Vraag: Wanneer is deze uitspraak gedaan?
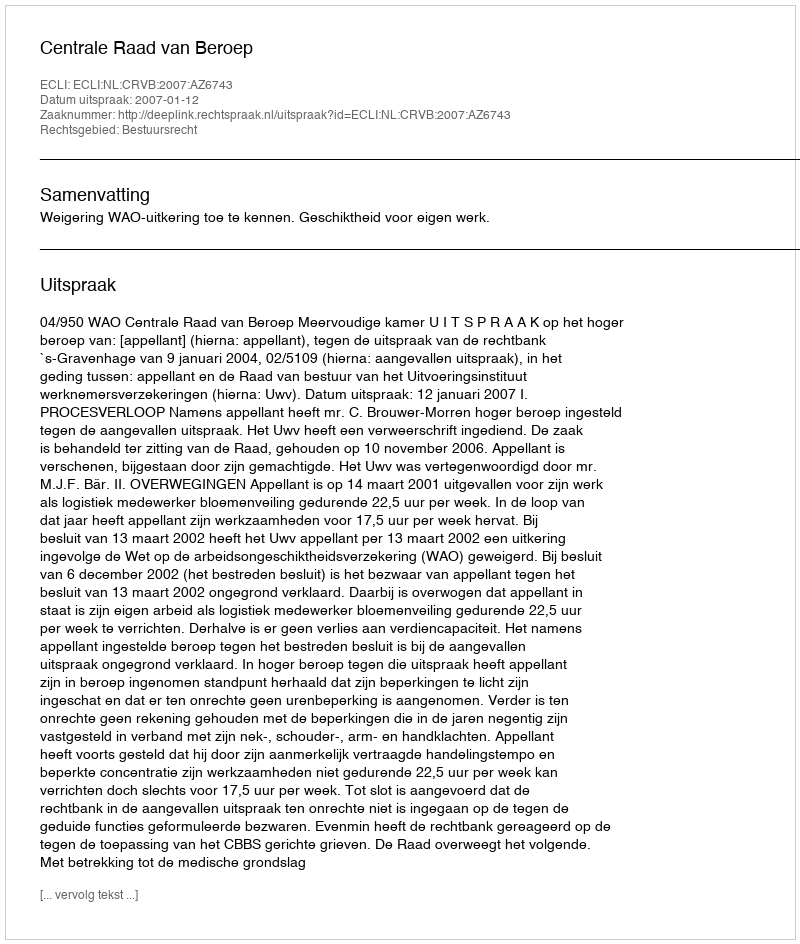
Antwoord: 2007-01-12